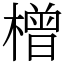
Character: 橧